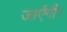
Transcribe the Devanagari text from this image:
जाऐंगी।